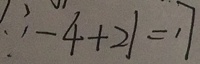
\because - 4 + 2 1 = 1 7